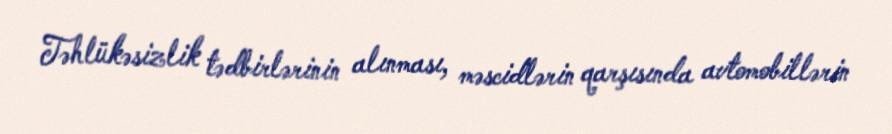
Təhlükəsizlik tədbirlərinin alınması, məscidlərin qarşısında avtomobillərin